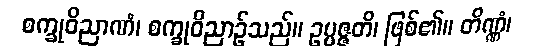
စက္ခုဝိညာဏံ၊ စက္ခုဝိညာဉ်သည်။ ဥပ္ပဇ္ဇတိ၊ ဖြစ်၏။ တိဏ္ဏံ၊